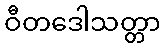
ဝီတဒေါသတ္တာ